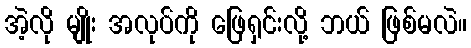
အဲ့လို မျိုး အလုပ်ကို ဖြေရှင်းလို့ ဘယ် ဖြစ်မလဲ။